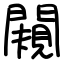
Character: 闚